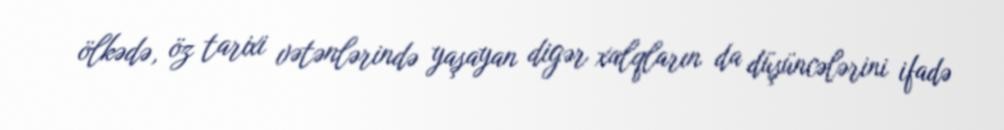
ölkədə, öz tarixi vətənlərində yaşayan digər xalqların da düşüncələrini ifadə